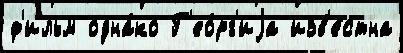
ф'ильм одна́ко Г'ео́рг'иjа изв'е́стна